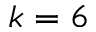
k = 6